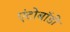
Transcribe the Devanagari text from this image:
एंटोबॉडी